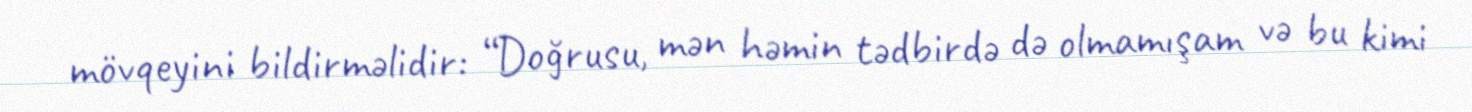
mövqeyini bildirməlidir: “Doğrusu, mən həmin tədbirdə də olmamışam və bu kimi